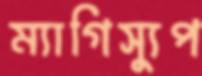
ম্যাগিস্যুপ